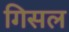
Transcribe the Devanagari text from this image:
गिसल